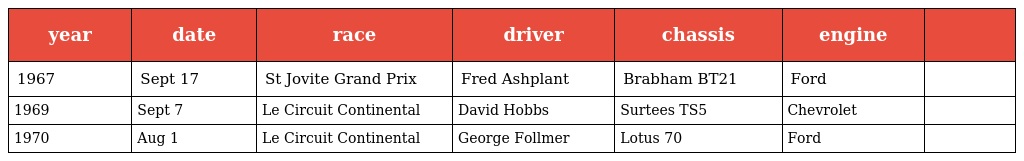
| year | date | race | driver | chassis | engine |  |
 | --- | --- | --- | --- | --- | --- | --- |
 | 1967 | Sept 17 | St Jovite Grand Prix | Fred Ashplant | Brabham BT21 | Ford |  |
 | 1969 | Sept 7 | Le Circuit Continental | David Hobbs | Surtees TS5 | Chevrolet |  |
 | 1970 | Aug 1 | Le Circuit Continental | George Follmer | Lotus 70 | Ford |  |